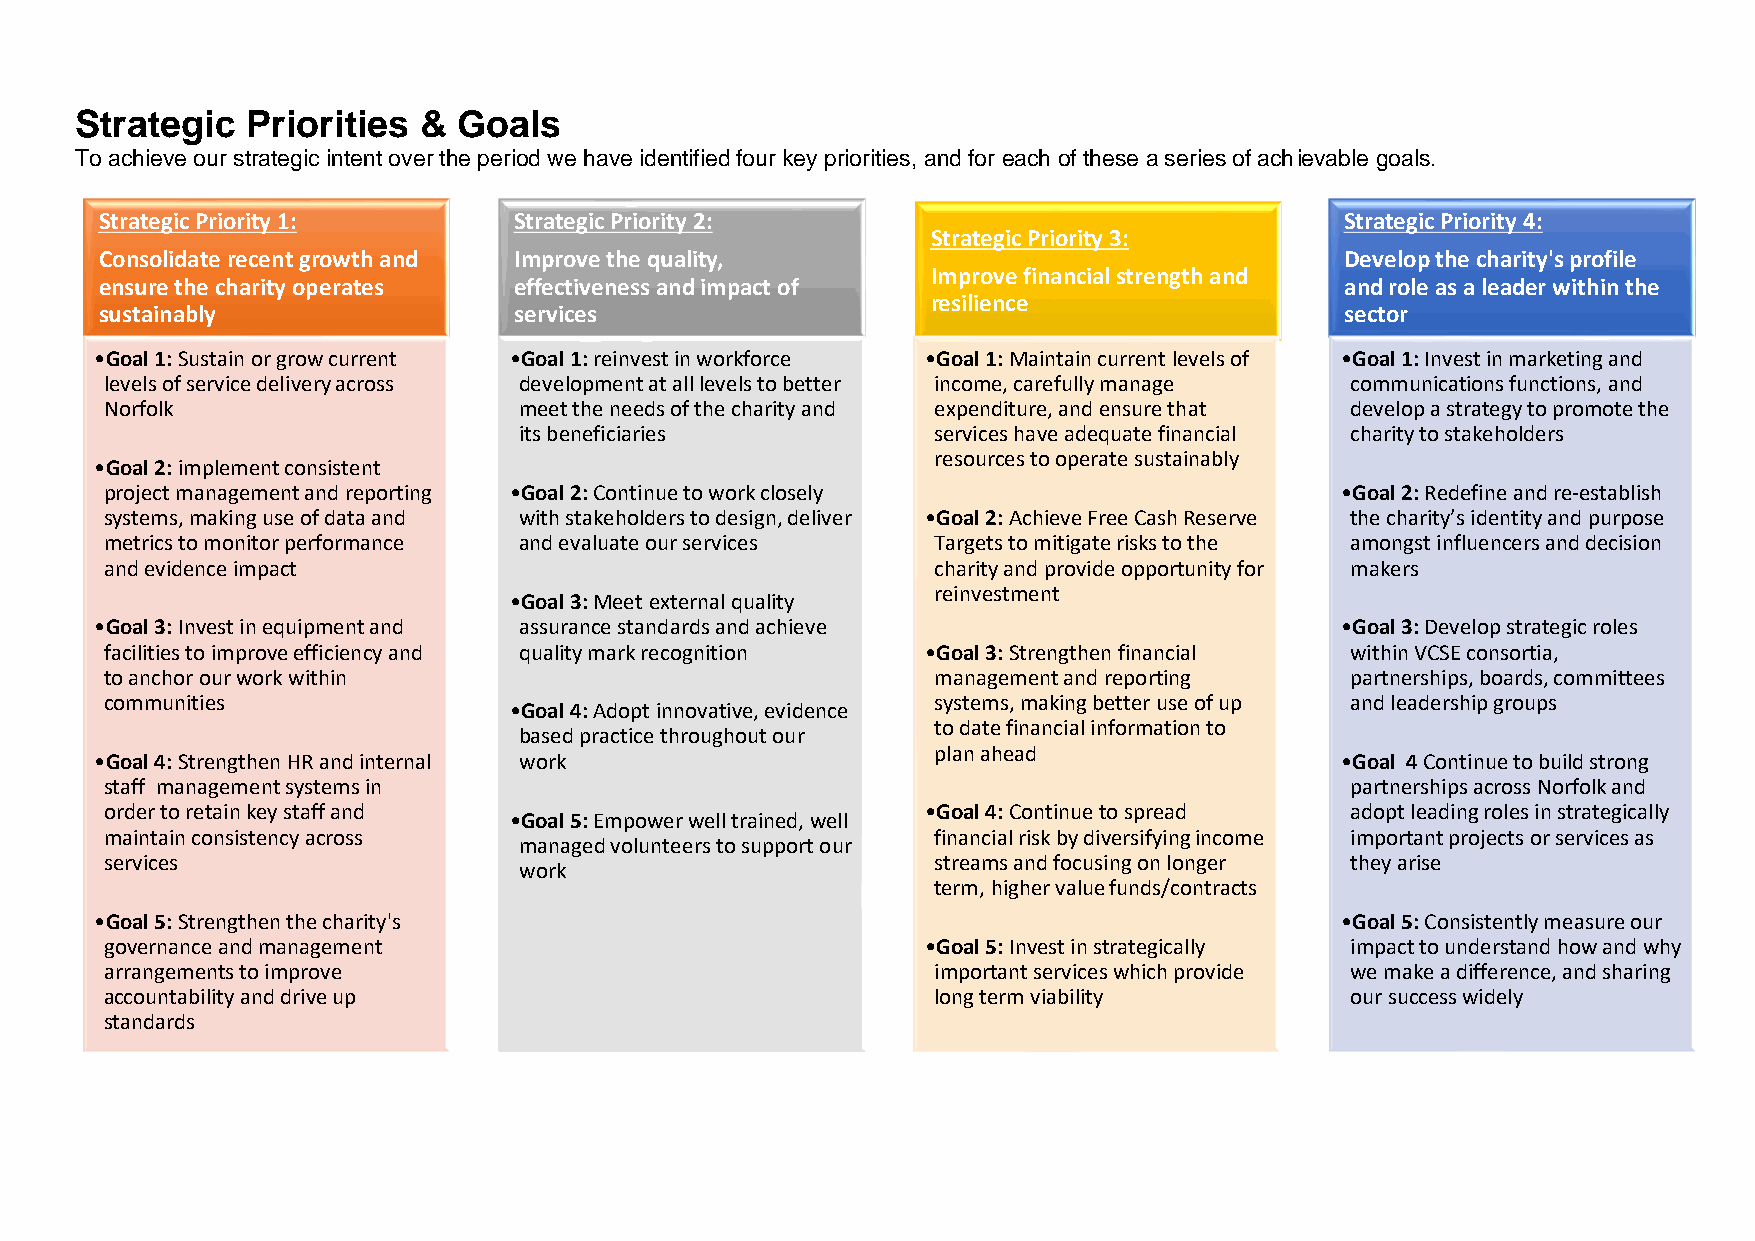
Strategic  Priorities  & Goals
 To achieve our strategic intent over the period we have identified four key priorities, and for each of these a series of achievable goals.
 Strategic Priority 1:      Strategic Priority 2:                                  Strategic Priority 4:
 Strategic Priority 3:
 Consolidate recent growth and Improve the quality,                                Develop the charity's profile
 Improve financial strength and
 ensure the charity operates effectiveness and impact of                           and role as a leader within the
 resilience
 sustainably                services                                               sector
 •Goal 1: Sustain or grow current •Goal 1: reinvest in workforce •Goal 1: Maintain current levels of •Goal 1: Invest in marketing and
 levels of service delivery across development at all levels to better income, carefully manage communications functions, and
 Norfolk                    meet the needs of the charity and expenditure, and ensure that develop a strategy to promote the
 its beneficiaries           services have adequate financial charity to stakeholders
 resources to operate sustainably
 •Goal 2:implement consistent
 project management and reporting •Goal 2: Continue to work closely                •Goal 2: Redefine and re-establish
 systems, making use of data and with stakeholders to design, deliver •Goal 2: Achieve Free Cash Reserve the charity’s identity and purpose
 metrics to monitor performance and evaluate our services Targets to mitigate risks to the amongst influencers and decision
 and evidence impact                                    charity and provide opportunity for makers
 reinvestment
 •Goal 3: Meet external quality
 •Goal 3:Invest in equipment and assurance standards and achieve                    •Goal 3: Develop strategic roles
 facilities to improve efficiency and quality mark recognition •Goal 3: Strengthen financial within VCSE consortia,
 to anchor our work within                              management and reporting   partnerships, boards, committees
 communities                                            systems, making better use of up and leadership groups
 •Goal 4:Adopt innovative, evidence
 to date financial information to
 based practice throughout our
 plan ahead
 •Goal 4: Strengthen HR and internal work                                           •Goal 4 Continue to build strong
 staff management systems in                                                       partnerships across Norfolk and
 order to retain key staff and                         •Goal 4: Continue to spread adopt leading roles in strategically
 •Goal 5: Empower well trained, well
 maintain consistency across                            financial risk by diversifying income important projects or services as
 managed volunteers to support our
 services                                               streams and focusing on longer they arise
 work
 term, higher value funds/contracts
 •Goal 5: Strengthen the charity's                                                  •Goal 5: Consistently measure our
 governance and management                             •Goal 5: Invest in strategically impact to understand how and why
 arrangements to improve                                important services which provide we make a difference, and sharing
 accountability and drive up                            long term viability        our success widely
 standards